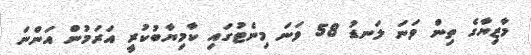
މާޒިޔާގެ ތިން ވަނަ ލަނޑު 58 ވަނަ މިނެޓުގައި ކާމިޔާބުކުރީ އަރަމުން އަންނަ